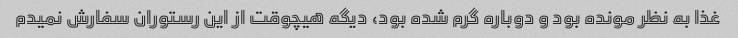
غذا به نظر مونده بود و دوباره گرم شده بود، دیگه هیچوقت از این رستوران سفارش نمیدم